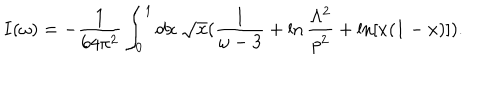
LaTeX: I ( \omega ) = - { \frac { 1 } { 6 4 \pi ^ { 2 } } } \int _ { 0 } ^ { 1 } d x ~ \sqrt { x } ( { \frac { 1 } { \omega - 3 } } + \ln { \frac { \Lambda ^ { 2 } } { p ^ { 2 } } } + \ln [ x ( 1 - x ) ] ) .